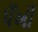
પઁખી